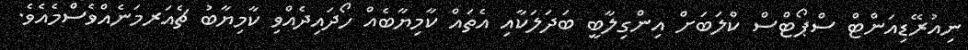
ނިއުރޭޑިއަންޓް ސްޕޯޓްސް ކްލަބަށް އިންގިލާބީ ބަދަލަކާއި އެތައް ކާމިޔާބެއް ހޯދައިދެއްވި ކާމިޔާބު ޗެއަރމަނެއްވެސްމެއެވެ.